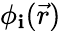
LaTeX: \phi_{\mathbf{i}}(\vec{{r}})